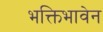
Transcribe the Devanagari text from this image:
भक्तिभावेन